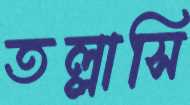
তল্লাসি